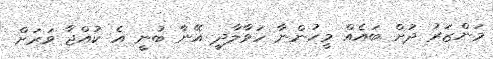
މަންޒަރު ދުށް ބައެއް މީހުންނާ ހަވާލާދީ އޭނާ ބުނީ އެ ކުއްޖާ ވަރަށް